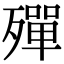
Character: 殫